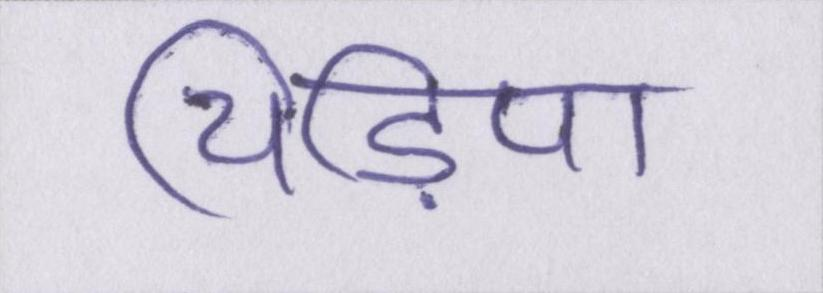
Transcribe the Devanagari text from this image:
चिड़िया